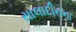
સાલાદીનના